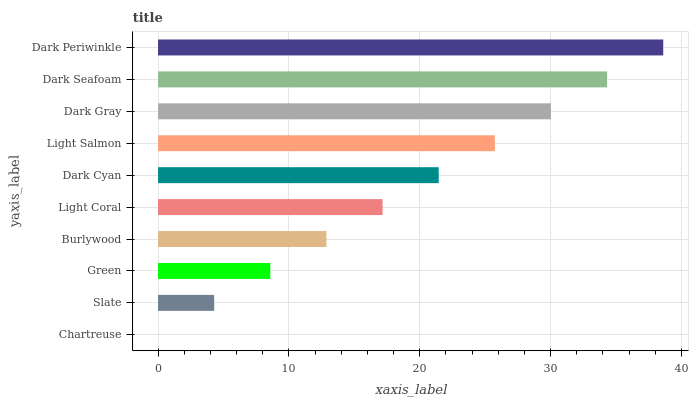
| yaxis_label | bars |
 | --- | --- |
 | Chartreuse | 0 |
 | Slate | 4.29 |
 | Green | 8.58 |
 | Burlywood | 12.9 |
 | Light Coral | 17.2 |
 | Dark Cyan | 21.5 |
 | Light Salmon | 25.7 |
 | Dark Gray | 30 |
 | Dark Seafoam | 34.3 |
 | Dark Periwinkle | 38.6 |